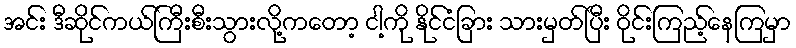
အင်း ဒီဆိုင်ကယ်ကြီးစီးသွားလို့ကတော့ ငါ့ကို နိုင်ငံခြား သားမှတ်ပြီး ဝိုင်းကြည့်နေကြမှာ